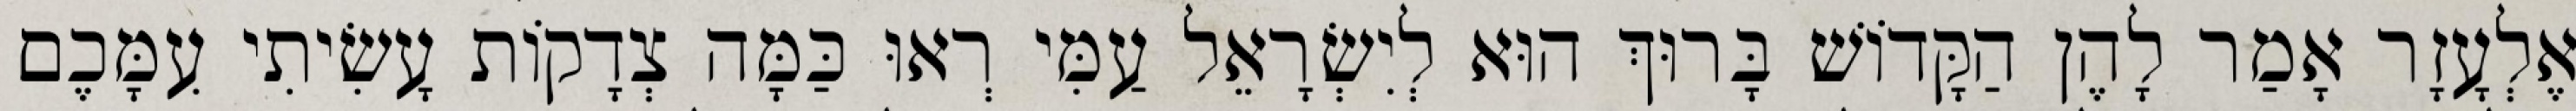
אֶלְעָזָר אָמַר לָהֶן הַקָּדוֹשׁ בָּרוּךְ הוּא לְיִשְׂרָאֵל עַמִּי רְאוּ כַּמָּה צְדָקוֹת עָשִׂיתִי עִמָּכֶם